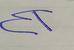
Signature authenticity: forged